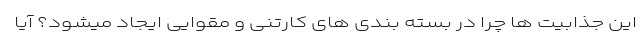
این جذابیت ها چرا در بسته بندی های کارتنی و مقوایی ایجاد میشود؟ آیا